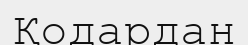
Қодардан